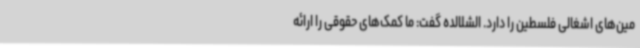
مین‌های اشغالی فلسطین را دارد. الشلالده گفت: ما کمک‌های حقوقی را ارائه